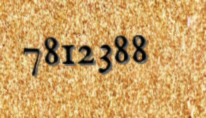
7812388